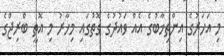
މި އަހަރުގެ އިންތިޚާބުގެ އެއް ވައުދުގެ ގޮތުގައި މިހާރު މި އޮތީ ބްރިޖްގެ